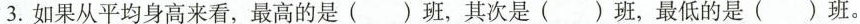
3.如果从平均身高来看，最高的是()班，其次是()班，最低的是()班。